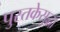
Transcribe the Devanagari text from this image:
पुस्तकेसुद्धा